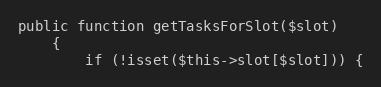
Language: PHP
public function getTasksForSlot($slot)
    {
        if (!isset($this->slot[$slot])) {